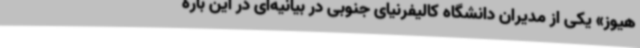
هیوز» یکی از مدیران دانشگاه کالیفرنیای جنوبی در بیانیه‌ای در این باره